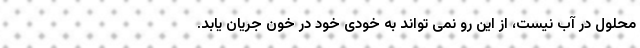
محلول در آب نیست، از این رو نمی تواند به خودی خود در خون جریان یابد.